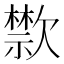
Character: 㱈